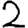
Digit: 2